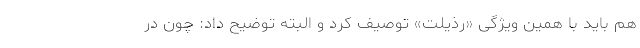
هم باید با همین ویژگی «رذیلت» توصیف کرد و البته توضیح داد: چون در